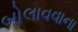
બોલાવવાના